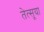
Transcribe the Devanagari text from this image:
तेत्सूया